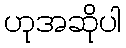
ဟုအဆိုပါ